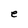
Character: e